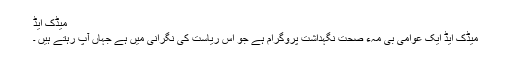
میڈک ایڈ
میڈک ایڈ ایک عوامی بی مہء صحت نگہداشت پروگرام ہے جو اس ریاست کی نگرانی میں ہے جہاں آپ رہتے ہیں ۔